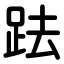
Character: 䟩